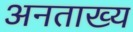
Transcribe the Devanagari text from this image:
अनताख्य